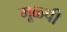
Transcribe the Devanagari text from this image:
मूळ्ची